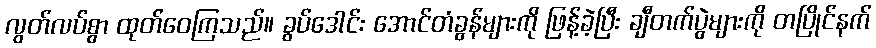
လွတ်လပ်စွာ ထုတ်ဝေကြသည်။ ခွပ်ဒေါင်း အောင်တံခွန်များကို ဖြန့်ခဲ့ပြီး ချီတက်ပွဲများကို တပြိုင်နက်